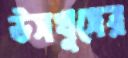
উসখুসের